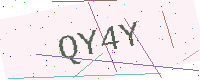
Text: QY4Y